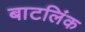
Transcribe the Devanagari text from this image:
बाटलिंक